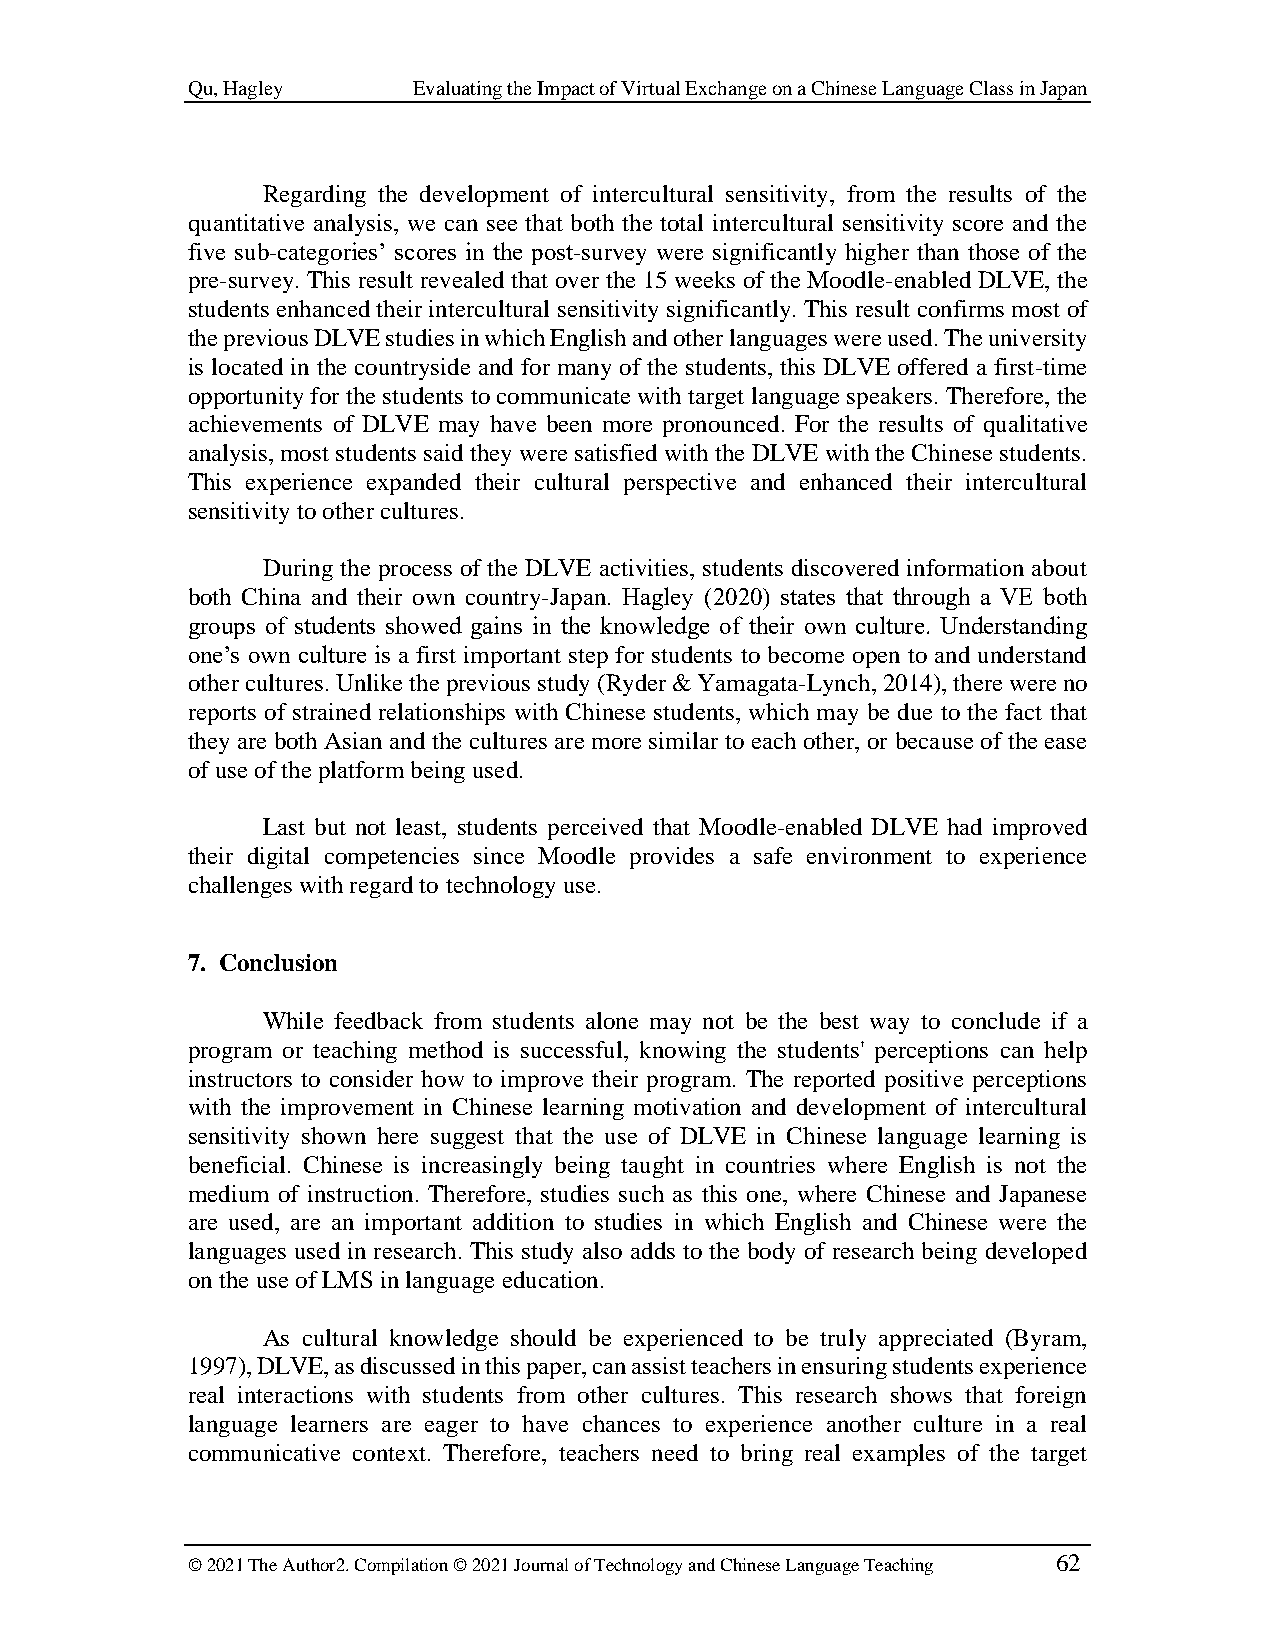
Qu, Hagley     Evaluating the Impact of Virtual Exchange on a Chinese Language Class in Japan
 Regarding the development of intercultural sensitivity, from the results of the
 quantitative analysis, we can see that both the total intercultural sensitivity score and the
 five sub-categories’ scores in the post-survey were significantly higher than those of the
 pre-survey. This result revealed that over the 15 weeks of the Moodle-enabled DLVE, the
 students enhanced their intercultural sensitivity significantly. This result confirms most of
 the previous DLVE studies in which English and other languages were used. The university
 is located in the countryside and for many of the students, this DLVE offered a first-time
 opportunity for the students to communicate with target language speakers. Therefore, the
 achievements of DLVE may have been more pronounced. For the results of qualitative
 analysis, most students said they were satisfied with the DLVE with the Chinese students.
 This experience expanded their cultural perspective and enhanced their intercultural
 sensitivity to other cultures.
 During the process of the DLVE activities, students discovered information about
 both China and their own country-Japan. Hagley (2020) states that through a VE both
 groups of students showed gains in the knowledge of their own culture. Understanding
 one’s own culture is a first important step for students to become open to and understand
 other cultures. Unlike the previous study (Ryder & Yamagata-Lynch, 2014), there were no
 reports of strained relationships with Chinese students, which may be due to the fact that
 they are both Asian and the cultures are more similar to each other, or because of the ease
 of use of the platform being used.
 Last but not least, students perceived that Moodle-enabled DLVE had improved
 their digital competencies since Moodle provides a safe environment to experience
 challenges with regard to technology use.
 7. Conclusion
 While feedback from students alone may not be the best way to conclude if a
 program or teaching method is successful, knowing the students' perceptions can help
 instructors to consider how to improve their program. The reported positive perceptions
 with the improvement in Chinese learning motivation and development of intercultural
 sensitivity shown here suggest that the use of DLVE in Chinese language learning is
 beneficial. Chinese is increasingly being taught in countries where English is not the
 medium of instruction. Therefore, studies such as this one, where Chinese and Japanese
 are used, are an important addition to studies in which English and Chinese were the
 languages used in research. This study also adds to the body of research being developed
 on the use of LMS in language education.
 As cultural knowledge should be experienced to be truly appreciated (Byram,
 1997), DLVE, as discussed in this paper, can assist teachers in ensuring students experience
 real interactions with students from other cultures. This research shows that foreign
 language learners are eager to have chances to experience another culture in a real
 communicative context. Therefore, teachers need to bring real examples of the target
 © 2021 The Author2. Compilation © 2021 Journal of Technology and Chinese Language Teaching 62